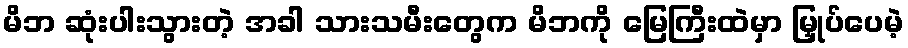
မိဘ ဆုံးပါးသွားတဲ့ အခါ သားသမီးတွေက မိဘကို မြေကြီးထဲမှာ မြှုပ်ပေမဲ့